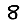
Digit: 8